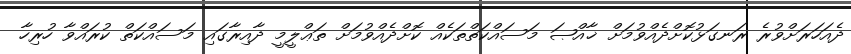
ދެއަހަރަށްވުރެ ރަނގަޅުކޮށްދެއްވުމަށް ޚާއްޞަ މަސައްކަތްތަކެއް ކޮށްދެއްވުމަށް ތަޢްލީމީ ދާއިރާގައި މަސައްކަތް ކުރައްވާ ހުރިހާ